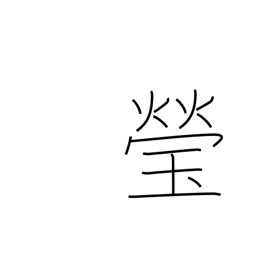
Meaning: clear